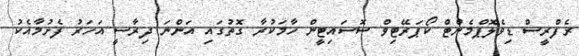
ރެފްރީސް ޑިވެލޮޕްމެންޓް ކޯޕަރޭޓިވް ސޮސައިޓީން ހާމަކުރާ ގޮތުގައި އަންނަ ދިރާސީ އަހަރު ފެށުމާއެކު